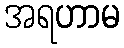
အရဟာမ